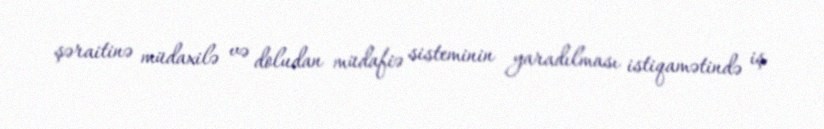
şəraitinə müdaxilə və doludan müdafiə sisteminin yaradılması istiqamətində iş